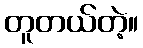
တူတယ်တဲ့။